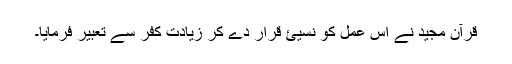
قرآن مجید نے اس عمل کو نسیئ قرار دے کر زیادتِ کفر سے تعبیر فرمایا۔